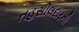
તહસીલદારની